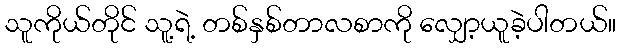
သူကိုယ်တိုင် သူ့ရဲ့ တစ်နှစ်တာလစာကို လျှော့ယူခဲ့ပါတယ်။